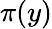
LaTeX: \pi(y)